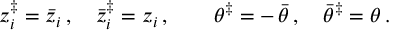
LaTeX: z _ { i } ^ { \ddagger } = \bar { z } _ { i } \, , \quad \bar { z } _ { i } ^ { \ddagger } = z _ { i } \, , \quad \quad \theta ^ { \ddagger } = - \, \bar { \theta } \, , \quad \bar { \theta } ^ { \ddagger } = \theta \, .